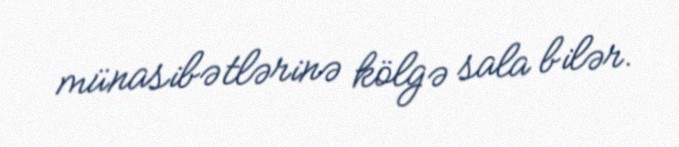
münasibətlərinə kölgə sala bilər.